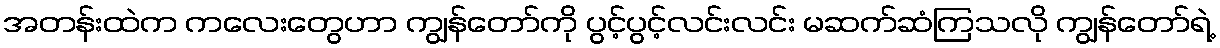
အတန်းထဲက ကလေးတွေဟာ ကျွန်တော်ကို ပွင့်ပွင့်လင်းလင်း မဆက်ဆံကြသလို ကျွန်တော်ရဲ့